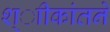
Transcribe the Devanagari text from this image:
श्ाीकांतने